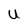
Character: U